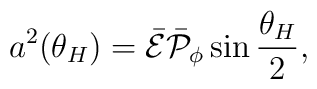
a^2(\theta_H)=\bar{\cal E}\bar{\cal P}_{\phi}\sin{\theta_H\over 2},